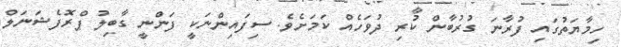
ހިމާޔަތުގައި ފުރާނަ ގުރުބާން ކުރި ދުވަހެއް ކަމަށެވެ. ސިފައިންނަކީ ފަންނީ ގާބިލު ޕްރޮފެޝަނަލް